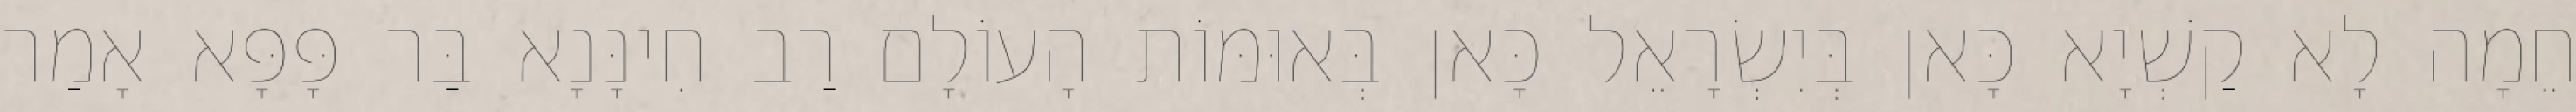
חֵמָה לָא קַשְׁיָא כָּאן בְּיִשְׂרָאֵל כָּאן בְּאוּמּוֹת הָעוֹלָם רַב חִינָּנָא בַּר פָּפָּא אָמַר